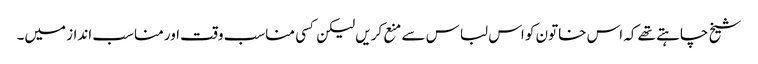
شیخ چاہتے تھے کہ اس خاتون کو اس لباس سے منع کریں لیکن کسی مناسب وقت اور مناسب انداز میں۔